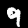
Label: 9